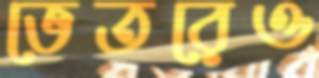
ভেতরেও